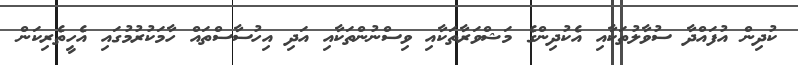
ކުދިން އުފައްދާ ސުވާލުތަކާއި އެކުދިންގެ މަޝްވަރާތަކާއި ވިސްނުންތަކާއި އަދި އިހުސާސްތައް ހާމަކުރުމުގައި އެހީތެރިކަން